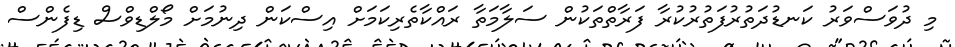
މި ދުވަސްވަރު ކަނޑުދަތުރުފަތުރުކުރާ ފަރާތްތަކުން ސަލާމަތާ ރައްކާތެރިކަމަށް އިސްކަން ދިނުމަށް މޯލްޑިވްސް ޑިފެންސް